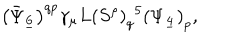
\left( \bar { \Psi } _ { \underline { { 6 } } } \right) ^ { q p } \gamma _ { \mu } L \left( S ^ { \rho } \right) _ { q } { } ^ { 5 } \left( \Psi _ { \underline { { 4 } } } \right) _ { p } ,